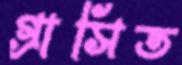
গ্রাসিত